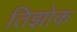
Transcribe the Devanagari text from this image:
तिझोक